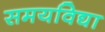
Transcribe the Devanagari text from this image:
समयविद्या